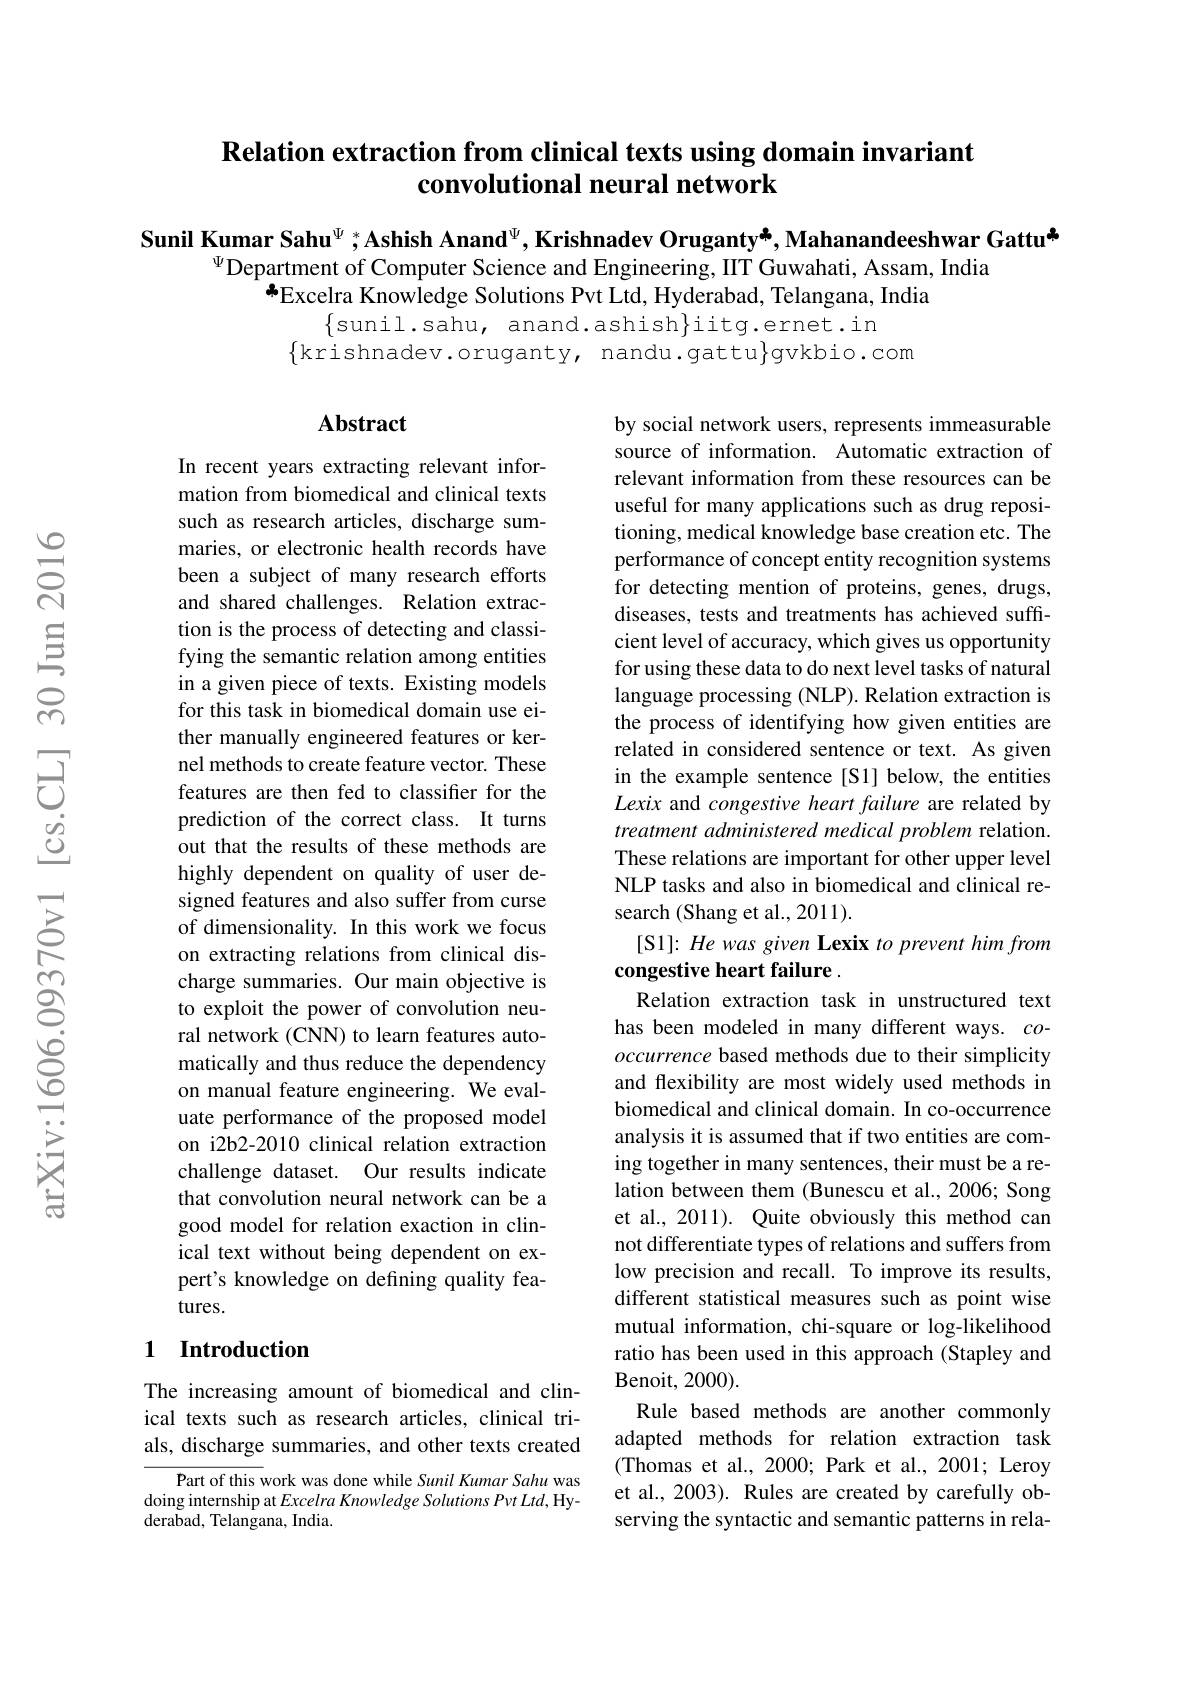
# $\textbf{Relation extraction from clinical texts using domain invariant}$ convolutional neural network

Sunil Kumar Sahu$^\Psi;^*\textbf{Ashish Anand}^\Psi$,Krishnadev Orugantyå, Mahanandeeshwar Gattu*
$^{\Psi}$Department of Computer Science and Engineering, IIT Guwahati, Assam, India
$\hat{\text{Excelra Knowledge Solutions Pvt Ltd, Hyderabad, Telangana, India}}$
$\{$sunil.sahu, anand.ashish$\}$iitg.ernet.in

$\{$krishnadev.oruganty, nandu.gattu}gvkbio.com

### Abstract

In recent years extracting relevant information from biomedical and clinical texts such as research articles, discharge summaries, or electronic health records have been a subject of many research efforts and shared challenges. Relation extraction is the process of detecting and classifying the semantic relation among entities in a given piece of texts. Existing models for this task in biomedical domain use either manually engineered features or kernel methods to create feature vector. These features are then fed to classifier for the prediction of the correct class. It turns out that the results of these methods are highly dependent on quality of user designed features and also suffer from curse of dimensionality. In this work we focus on extracting relations from clinical discharge summaries. Our main objective is to exploit the power of convolution neural network (CNN) to learn features automatically and thus reduce the dependency on manual feature engineering. We evaluate performance of the proposed model on i2b2-2010 clinical relation extraction challenge dataset. Our results indicate that convolution neural network can be a good model for relation exaction in clinical text without being dependent on expert's knowledge on defining quality features.

by social network users, represents immeasurable source of information. Automatic extraction of relevant information from these resources can be useful for many applications such as drug repositioning, medical knowledge base creation etc. The performance of concept entity recognition systems for detecting mention of proteins, genes, drugs, diseases, tests and treatments has achieved suffcient level of accuracy, which gives us opportunity for using these data to do next level tasks of natural language processing (NLP). Relation extraction is the process of identifying how given entities are related in considered sentence or text. As given in the example sentence[S1] below, the entities Lexix and congestive heart failure are related by treatment administered medical problem relation. These relations are important for other upper level NLP tasks and also in biomedical and clinical research (Shang et al., 2011).
[S1]: He was given Lexix to prevent him from
congestive heart failure .
Relation extraction task in unstructured text has been modeled in many different ways. $co$- occurrence based methods due to their simplicity and flexibility are most widely used methods in biomedical and clinical domain. In co-occurrence analysis it is assumed that if two entities are coming together in many sentences, their must be a relation between them (Bunescu et al., 2006; Song et al., 2011). Quite obviously this method can not differentiate types of relations and suffers from low precision and recall. To improve its results, different statistical measures such as point wise mutual information, chi-square or log-likelihood ratio has been used in this approach (Stapley and Benoit, 2000) .
Rule based methods are another commonly adapted methods for relation extraction task (Thomas et al., 2000; Park et al., 2001; Leroy et al., 2003). Rules are created by carefully observing the syntactic and semantic patterns in rela-

## 1 Introduction

The increasing amount of biomedical and clinical texts such as research articles, clinical trials, discharge summaries, and other texts created

Part of this work was done while Sunil Kumar Sahu was doing internship at Excelra Knowledge Solutions Pvt Ltd, Hyderabad, Telangana, India.